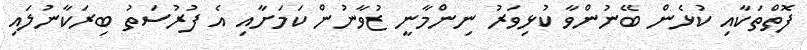
ފޮތްތަކާއި ކުޅެން ބޭނުންވާ ކުޅިވަރު ނިންމާނީ ޒުވާނުން ކަމަށާއި އެ ފުރުސަތު ބިރަކާނުލައި